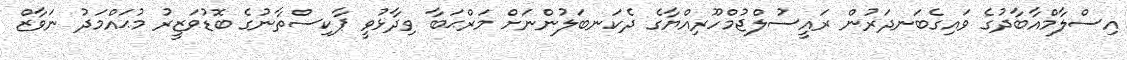
އިސްލާމްއާބާދުގެ ވައިގެބަނދަރުން ރައީސުލްޖުމްހޫރިއްޔާގެ ދެކަނބަލުންނަށް މަރްޙަބާ ވިދާޅުވީ ޕާކިސްތާނުގެ ބޮޑުވަޒީރު މުޙައްމަދު ނަވާޒް